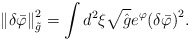
\begin{align*}\left\|\delta{\bar{\varphi}}\right\|^2_{\tilde{g}}=\int{d^2}\xi\sqrt{\hat{g}}{e^{\varphi}}{{(\delta{\bar{\varphi}})}^2}.\end{align*}